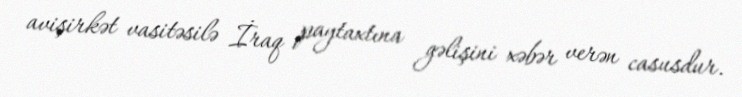
avişirkət vasitəsilə İraq paytaxtına gəlişini xəbər verən casusdur.